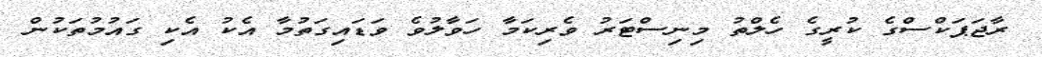
ރާޖަޕަކްސްގެ ކުރީގެ ހެލްތު މިނިސްޓަރު ވެރިކަމާ ހަވާލުވެ ވަޑައިގަތުމާ އެކު އެކި ގައުމުތަކުން